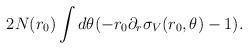
LaTeX: \begin{align*}2 N(r_0) \int d\theta (-r_0 \partial_r\sigma_V(r_0,\theta)-1).\end{align*}